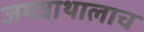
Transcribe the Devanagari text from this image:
जगन्नाथालाच